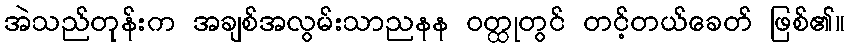
အဲသည်တုန်းက အချစ်အလွမ်းသာညနန ဝတ္ထုတွင် တင့်တယ်ခေတ် ဖြစ်၏။